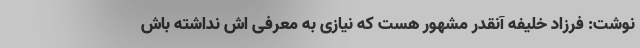
نوشت: فرزاد خلیفه آنقدر مشهور هست که نیازی به معرفی اش نداشته باش